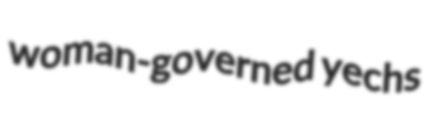
woman-governed yechs